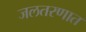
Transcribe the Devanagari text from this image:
जलतरणात